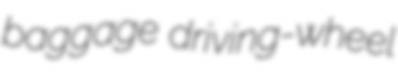
baggage driving-wheel